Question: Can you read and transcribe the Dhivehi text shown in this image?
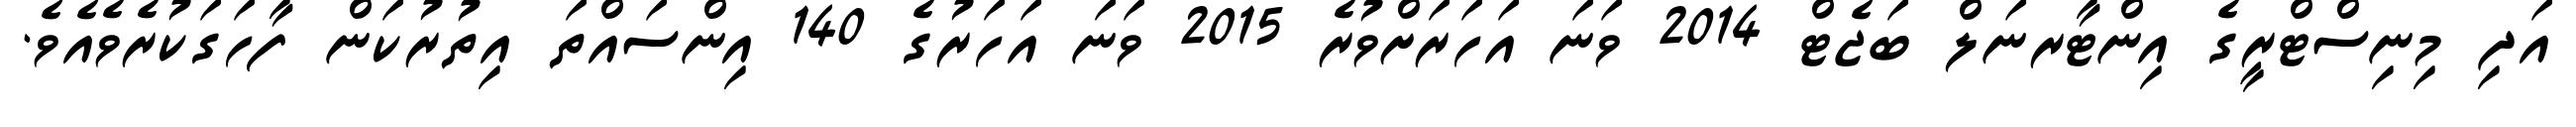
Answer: އަދި މިނިސްޓްރީގެ އިންޓާރނަލް ބަޖެޓް 2014 ވަނަ އަހަރަށްވުރެ 2015 ވަނަ އަހަރުގެ 140 އިންސައްތަ އިތުރުކަން ފާހަގަކުރެވެއެވެ.